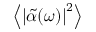
\left\langle \left| \tilde { \alpha } ( \omega ) \right| ^ { 2 } \right\rangle